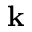
\mathbf { k }